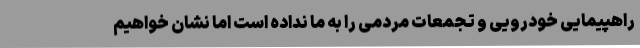
راهپیمایی خودرویی و تجمعات مردمی را به ما نداده است اما نشان خواهیم